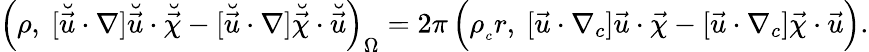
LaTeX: \Bigl(\rho,~[\breve{\vec{u}}\cdot\nabla]\breve{\vec{u}}\cdot\breve{\vec{\chi}}-[\breve{\vec{u}}\cdot\nabla]\breve{\vec{\chi}}\cdot\breve{\vec{u}}\Bigr)_{\Omega}=2\pi\, \Bigl(\rho_{_c}r,~[\vec{u}\cdot\nabla_{c}]\vec{u}\cdot\vec{\chi}-[\vec{u}\cdot\nabla_{c}]\vec{\chi}\cdot\vec{u}\Bigr).